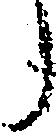
う